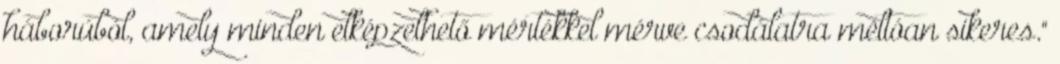
háborúból, amely minden elképzelhető mértékkel mérve csodálatra méltóan sikeres."